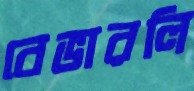
বেভারলি